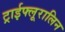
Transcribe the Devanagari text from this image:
ट्राईफ्लूरालिन